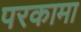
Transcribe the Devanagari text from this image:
परकामा